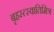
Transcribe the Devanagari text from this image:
बृहस्त्स्वातिमित्र